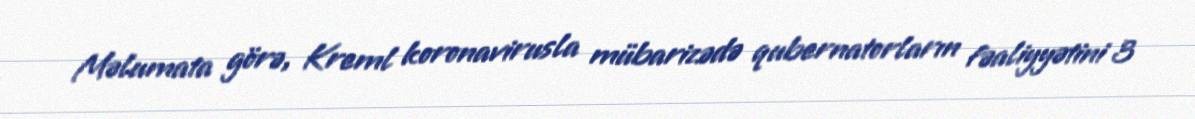
Məlumata görə, Kreml koronavirusla mübarizədə qubernatorların fəaliyyətini 3